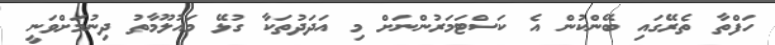
ހަފްތާ ތެރޭގައި ބޭންކުން އެ ކަސްޓަމަރުންނަށް މި އަދަދުތަކާ ގުޅޭ މައުލޫމާތު ދިނުމަށްވަނީ